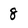
Character: 8